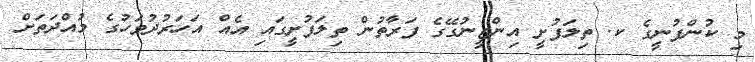
މި ކުންފުނީގެ ކ. ތިލަފުށީ އިންޖީނުގޭގެ ފަރާތުން ތިލަފުށީގައިި އެއް އަހަރުދުވަހުގެ މުއްދަތަށް